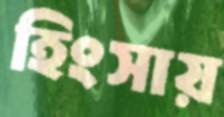
হিংসায়